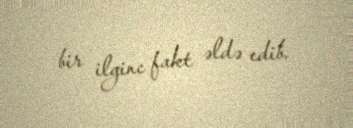
bir ilginc fakt əldə edib.